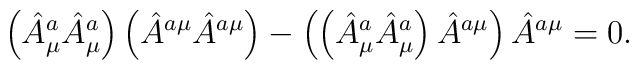
\left (\hat A^a_\mu \hat A^a_\mu\right )\left (\hat A^{a\mu} \hat A^{a\mu}\right ) - \left (  \left (  \hat A^a_\mu \hat A^a_\mu  \right ) \hat A^{a\mu}\right ) \hat A^{a\mu} = 0 .